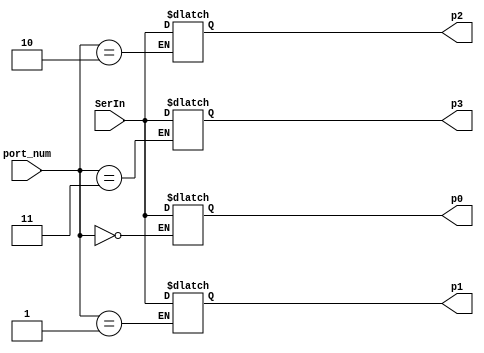
`timescale 1ns/1ns

module Demux (
	input wire SerIn,     
	input wire [1:0] port_num,     
	output reg p0,
	output reg p1,
	output reg p2,
	output reg p3 
);

	always @(SerIn or port_num) begin
		case (port_num)
			2'b00 : p0 <= SerIn;
			2'b01 : p1 <= SerIn;
			2'b10 : p2 <= SerIn;
			2'b11 : p3 <= SerIn;
		endcase
	end

endmodule